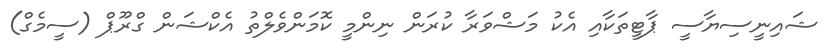
ޝައިނީސިޔާސީ ޕާޓީތަކާއި އެކު މަޝްވަރާ ކުރަން ނިންމީ ކޮމަންވެލްތު އެކްޝަން ގްރޫޕް (ސީމެގް)